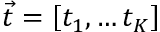
\vec { t } = \left[ t _ { 1 } , \dots t _ { K } \right]